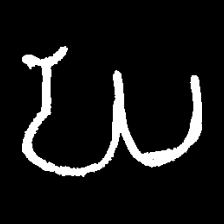
Pyu character \u2014 Myanmar letter: ဃ (romanized: gha)